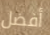
أفضل